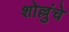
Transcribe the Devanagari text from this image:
शोल्लुंचे